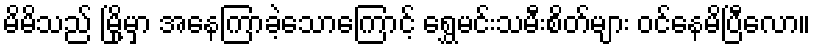
မိမိသည် မြို့မှာ အနေကြာခဲ့သောကြောင့် ရွှေမင်းသမီးစိတ်များ ဝင်နေမိပြီလော။